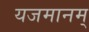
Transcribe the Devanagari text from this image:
यजमानम्‌